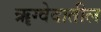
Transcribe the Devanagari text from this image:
ॠग्वेदातील